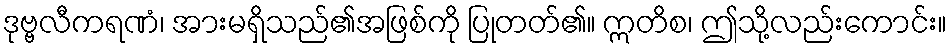
ဒုဗ္ဗလီကရဏံ၊ အားမရှိသည်၏အဖြစ်ကို ပြုတတ်၏။ ဣတိစ၊ ဤသို့လည်းကောင်း။